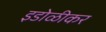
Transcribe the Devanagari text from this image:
इडोळीकर